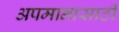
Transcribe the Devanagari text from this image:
अपमानासाठी